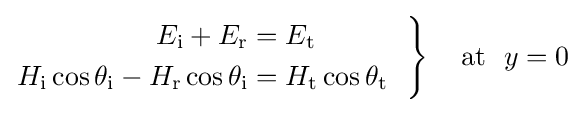
\left.{\begin{aligned}E_{\text{i}}+E_{\text{r}}&=E_{\text{t}}\\H_{\text{i}}\cos \theta _{\text{i}}-H_{\text{r}}\cos \theta _{\text{i}}&=H_{\text{t}}\cos \theta _{\text{t}}\end{aligned}}~~\right\}~~~{\text{at}}~~y=0